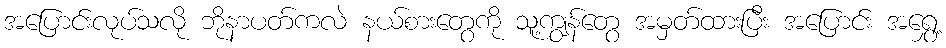
အပြောင်းလုပ်သလို ဘိုနာပတ်ကလဲ နယ်စားတွေကို သူ့ကျွန်တွေ အမှတ်ထားပြီး အပြောင်း အရွှေ့